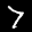
Label: 7